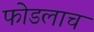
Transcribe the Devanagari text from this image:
फोडलाच